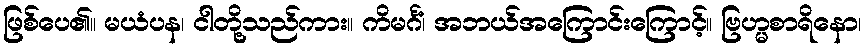
ဖြစ်ပေ၏။ မယံပန၊ ငါတို့သည်ကား။ ကိမင်္ဂံ၊ အဘယ်အကြောင်းကြောင့်။ ဗြဟ္မစာရိနော၊